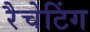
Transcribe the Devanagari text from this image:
रैचेटिंग